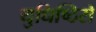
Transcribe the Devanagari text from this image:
युधिष्ठिरो